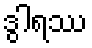
ဒွါရဿ